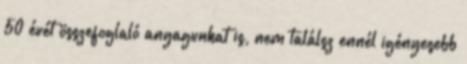
50 évét összefoglaló anyagunkat is, nem találsz ennél igényesebb